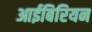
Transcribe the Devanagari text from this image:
आईबिरियन